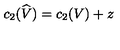
c _ { 2 } ( \widehat { V } ) = c _ { 2 } ( V ) + z